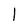
Character: I